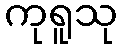
ကုရူသု